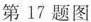
第17题图